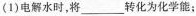
(1)电解水时，将___转化为化学能；